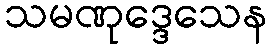
သမဏုဒ္ဒေသေန